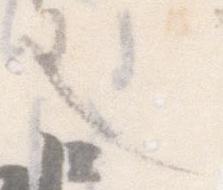
也